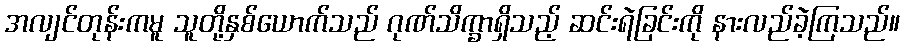
အလျင်တုန်းကမူ သူတို့နှစ်ယောက်သည် ဂုဏ်သိက္ခာရှိသည့် ဆင်းရဲခြင်းကို နားလည်ခဲ့ကြသည်။